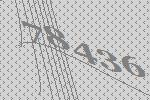
78436